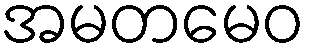
အမတမေဝ